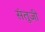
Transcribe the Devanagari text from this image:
संतूजी